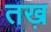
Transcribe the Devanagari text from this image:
तख़